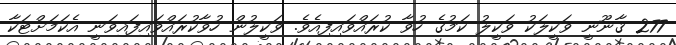
277 ޤާނޫނީ ވަކީލަކު ވަކީލު ކަމުގެ ހުވާ ކުރައްވައިފިއެވެ. ވަކީލުން ހުވާކުރައްވައިފައިވަނީ އެކަމަށްޓަކާ